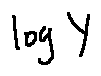
\log Y